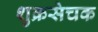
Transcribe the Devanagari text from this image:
शुक्रसेचक